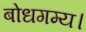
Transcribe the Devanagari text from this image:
बोधगम्य।